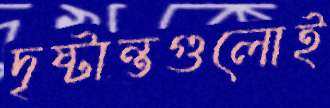
দৃষ্টান্তগুলোই